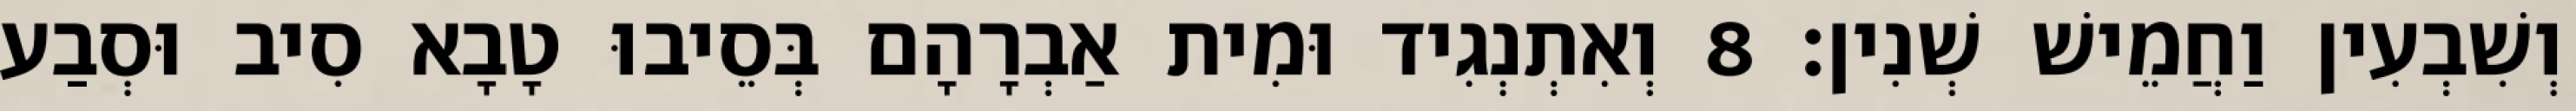
וְשִׁבְעִין וַחֲמֵישׁ שְׁנִין׃ 8 וְאִתְנְגִיד וּמִית אַבְרָהָם בְּסֵיבוּ טָבָא סִיב וּסְבַע